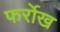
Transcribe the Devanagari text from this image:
फर्रोख